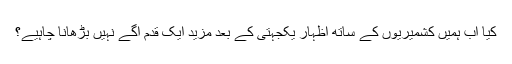
کیا اب ہمیں کشمیریوں کے ساتھ اظہار یکجہتی کے بعد مزید ایک قدم آگے نہیں بڑھانا چاہیے؟